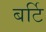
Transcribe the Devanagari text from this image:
बर्टि